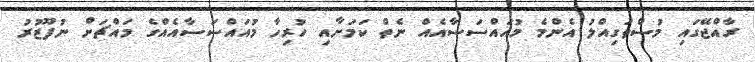
ރާއްޖޭގައި މުސްތަގިއްލު އެންމެ މުއައްސަސާއެއް ނެތް ކަމަށާއި ހުރިހާ މުއައްސަސާއެއްގެ މައްޗަށް ނުފޫޒުރު